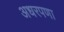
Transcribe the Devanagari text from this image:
अधरपणा